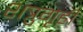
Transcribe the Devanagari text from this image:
शत्रुगृही